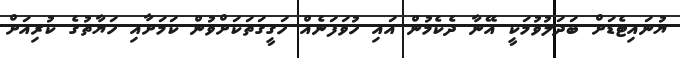
ޔުނައިޓެޑަށް ބަދަލުވުމަކީ އޭނާ ދެކެމުން އައި ހުވަފަނެއް ހަގީގަތަކަށްވުން ކަމަށާއި ހަޔާތުގެ ކުރިއަށް